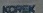
KOREK